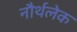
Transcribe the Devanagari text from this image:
नौर्थलेक